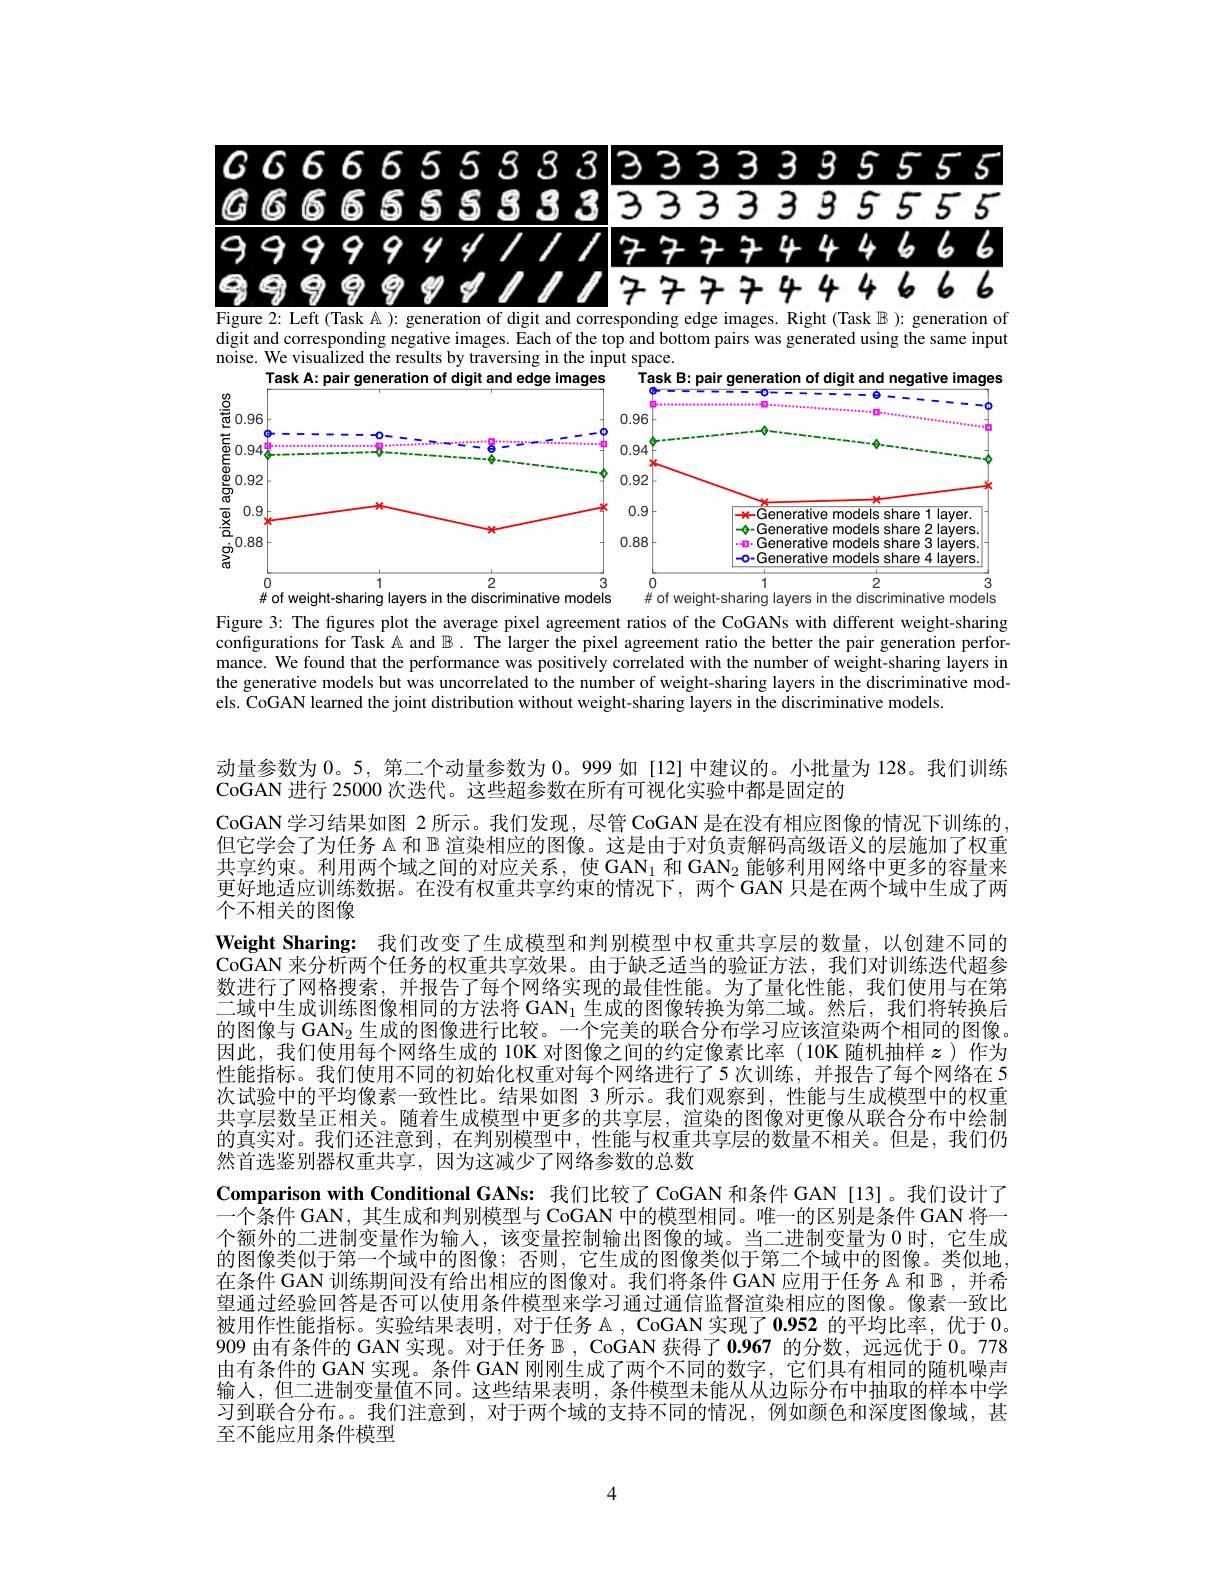
<FigureHere>
Figure 2: Left (Task A ): generation of digit and corresponding edge images. Right (Task $\mathbb{B}$ ): generation of

digit and corresponding negative images. Each of the top and bottom pairs was generated using the same input
noise. We visualized the results by traversing in the input space.
<FigureHere>

Figure 3: The figures plot the average pixel agreement ratios of the CoGANs with different weight-sharing configurations for Task Å and $\mathbb{B}.$ The larger the pixel agreement ratio the better the pair generation performance. We found that the performance was positively correlated with the number of weight-sharing layers in the generative models but was uncorrelated to the number of weight-sharing layers in the discriminative models. CoGAN learned the joint distribution without weight-sharing layers in the discriminative models.

动量参数为0。5, 第二个动量参数为0。999 如[12]中建议的。小批量为 128。我们训练
CoGAN 进行 25000 次迭代。这些超参数在所有可视化实验中都是固定的
CoGAN学习结果如图 2 所示。我们发现，尽管 CoGAN 是在没有相应图像的情况下训练的但它学会了为任务 A 和 B 渲染相应的图像。这是由于对负责解码高级语义的层施加了权重共享约束。利用两个域之间的对应关系，使 GAN$_{1}$和 GAN$_{2}$能够利用网络中更多的容量来更好地适应训练数据。在没有权重共享约束的情况下，两个 GAN 只是在两个域中生成了两个不相关的图像
Weight Sharing: 我们改变了生成模型和判别模型中权重共享层的数量，以创建不同的CoGAN 来分析两个任务的权重共享效果。由于缺乏适当的验证方法，我们对训练迭代超参数进行了网格搜索，并报告了每个网络实现的最佳性能。为了量化性能，我们使用与在第二域中生成训练图像相同的方法将 GAN$_1$生成的图像转换为第二域。然后，我们将转换后的图像与 GAN$_2$生成的图像进行比较。一个完美的联合分布学习应该渲染两个相同的图像。因此，我们使用每个网络生成的 10K 对图像之间的约定像素比率 (10K 随机抽样$z$ )作为性能指标。我们使用不同的初始化权重对每个网络进行了5 次训练，并报告了每个网络在 5次试验中的平均像素一致性比。结果如图 3 所示。我们观察到，性能与生成模型中的权重共享层数呈正相关。随着生成模型中更多的共享层，渲染的图像对更像从联合分布中绘制的真实对。我们还注意到，在判别模型中，性能与权重共享层的数量不相关。但是，我们仍然首选鉴别器权重共享，因为这减少了网络参数的总数
Comparison with Conditional GANs: 我们比较了 CoGAN 和条件 GAN [13]。我们设计了一个条件 GAN, 其生成和判别模型与 CoGAN 中的模型相同。唯一的区别是条件 GAN 将一个额外的二进制变量作为输人，该变量控制输出图像的域。当二进制变量为0时，它生成的图像类似于第一个域中的图像；否则，它生成的图像类似于第二个域中的图像。类似地， 在条件 GAN 训练期间没有给出相应的图像对。我们将条件 GAN 应用于任务 A 和$\mathbb{B}$ ,并希望通过经验回答是否可以使用条件模型来学习通过通信监督渲染相应的图像。像素一致比被用作性能指标。实验结果表明，对于任务$\mathbb{A}$, CoGAN 实现了 0.952 的平均比率，优于0。909 由有条件的 GAN 实现。对于任务$\mathbb{B}$ , CoGAN 获得了 0.967 的分数，远远优于0。778由有条件的 GAN 实现。条件 GAN 刚刚生成了两个不同的数字，它们具有相同的随机噪声输入，但二进制变量值不同。这些结果表明，条件模型未能从从边际分布中抽取的样本中学习到联合分布。。我们注意到，对于两个域的支持不同的情况，例如颜色和深度图像域，甚至不能应用条件模型

4